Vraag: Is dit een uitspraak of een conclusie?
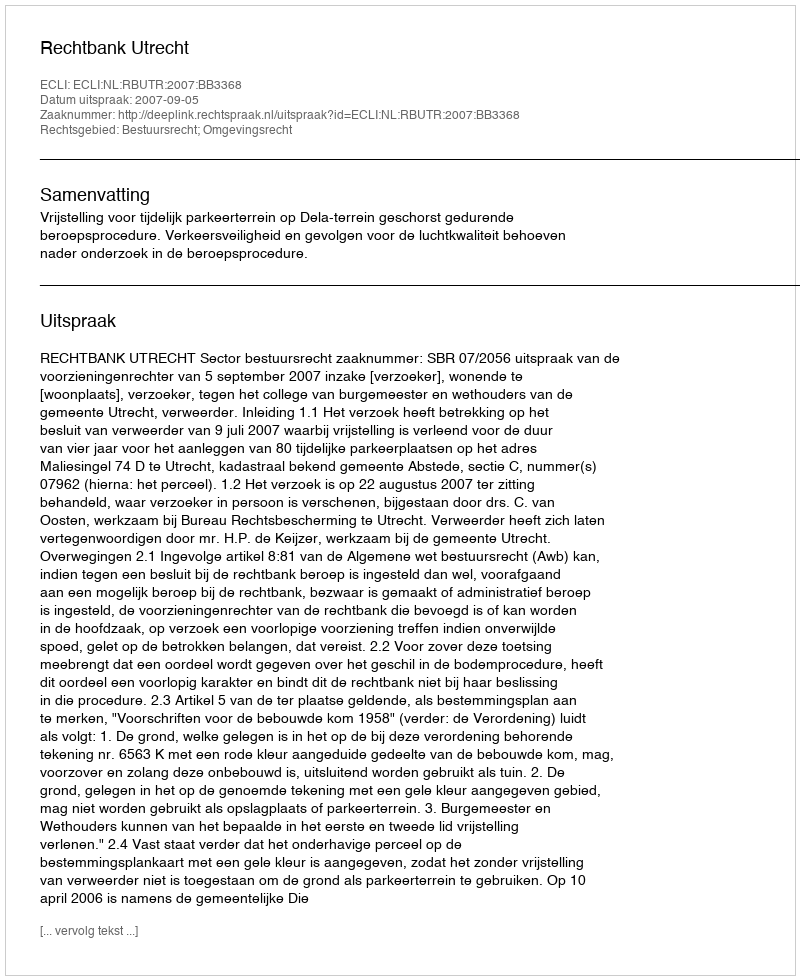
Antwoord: Uitspraak